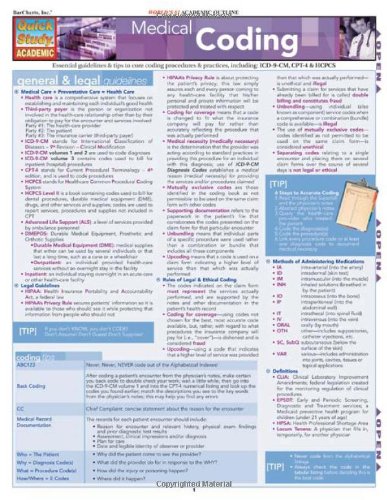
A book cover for Medical Coding (Quickstudy: Academic); Inc. BarCharts; Medical Books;